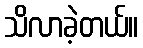
သိလာခဲ့တယ်။